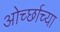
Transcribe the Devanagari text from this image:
ओर्च्छाच्या